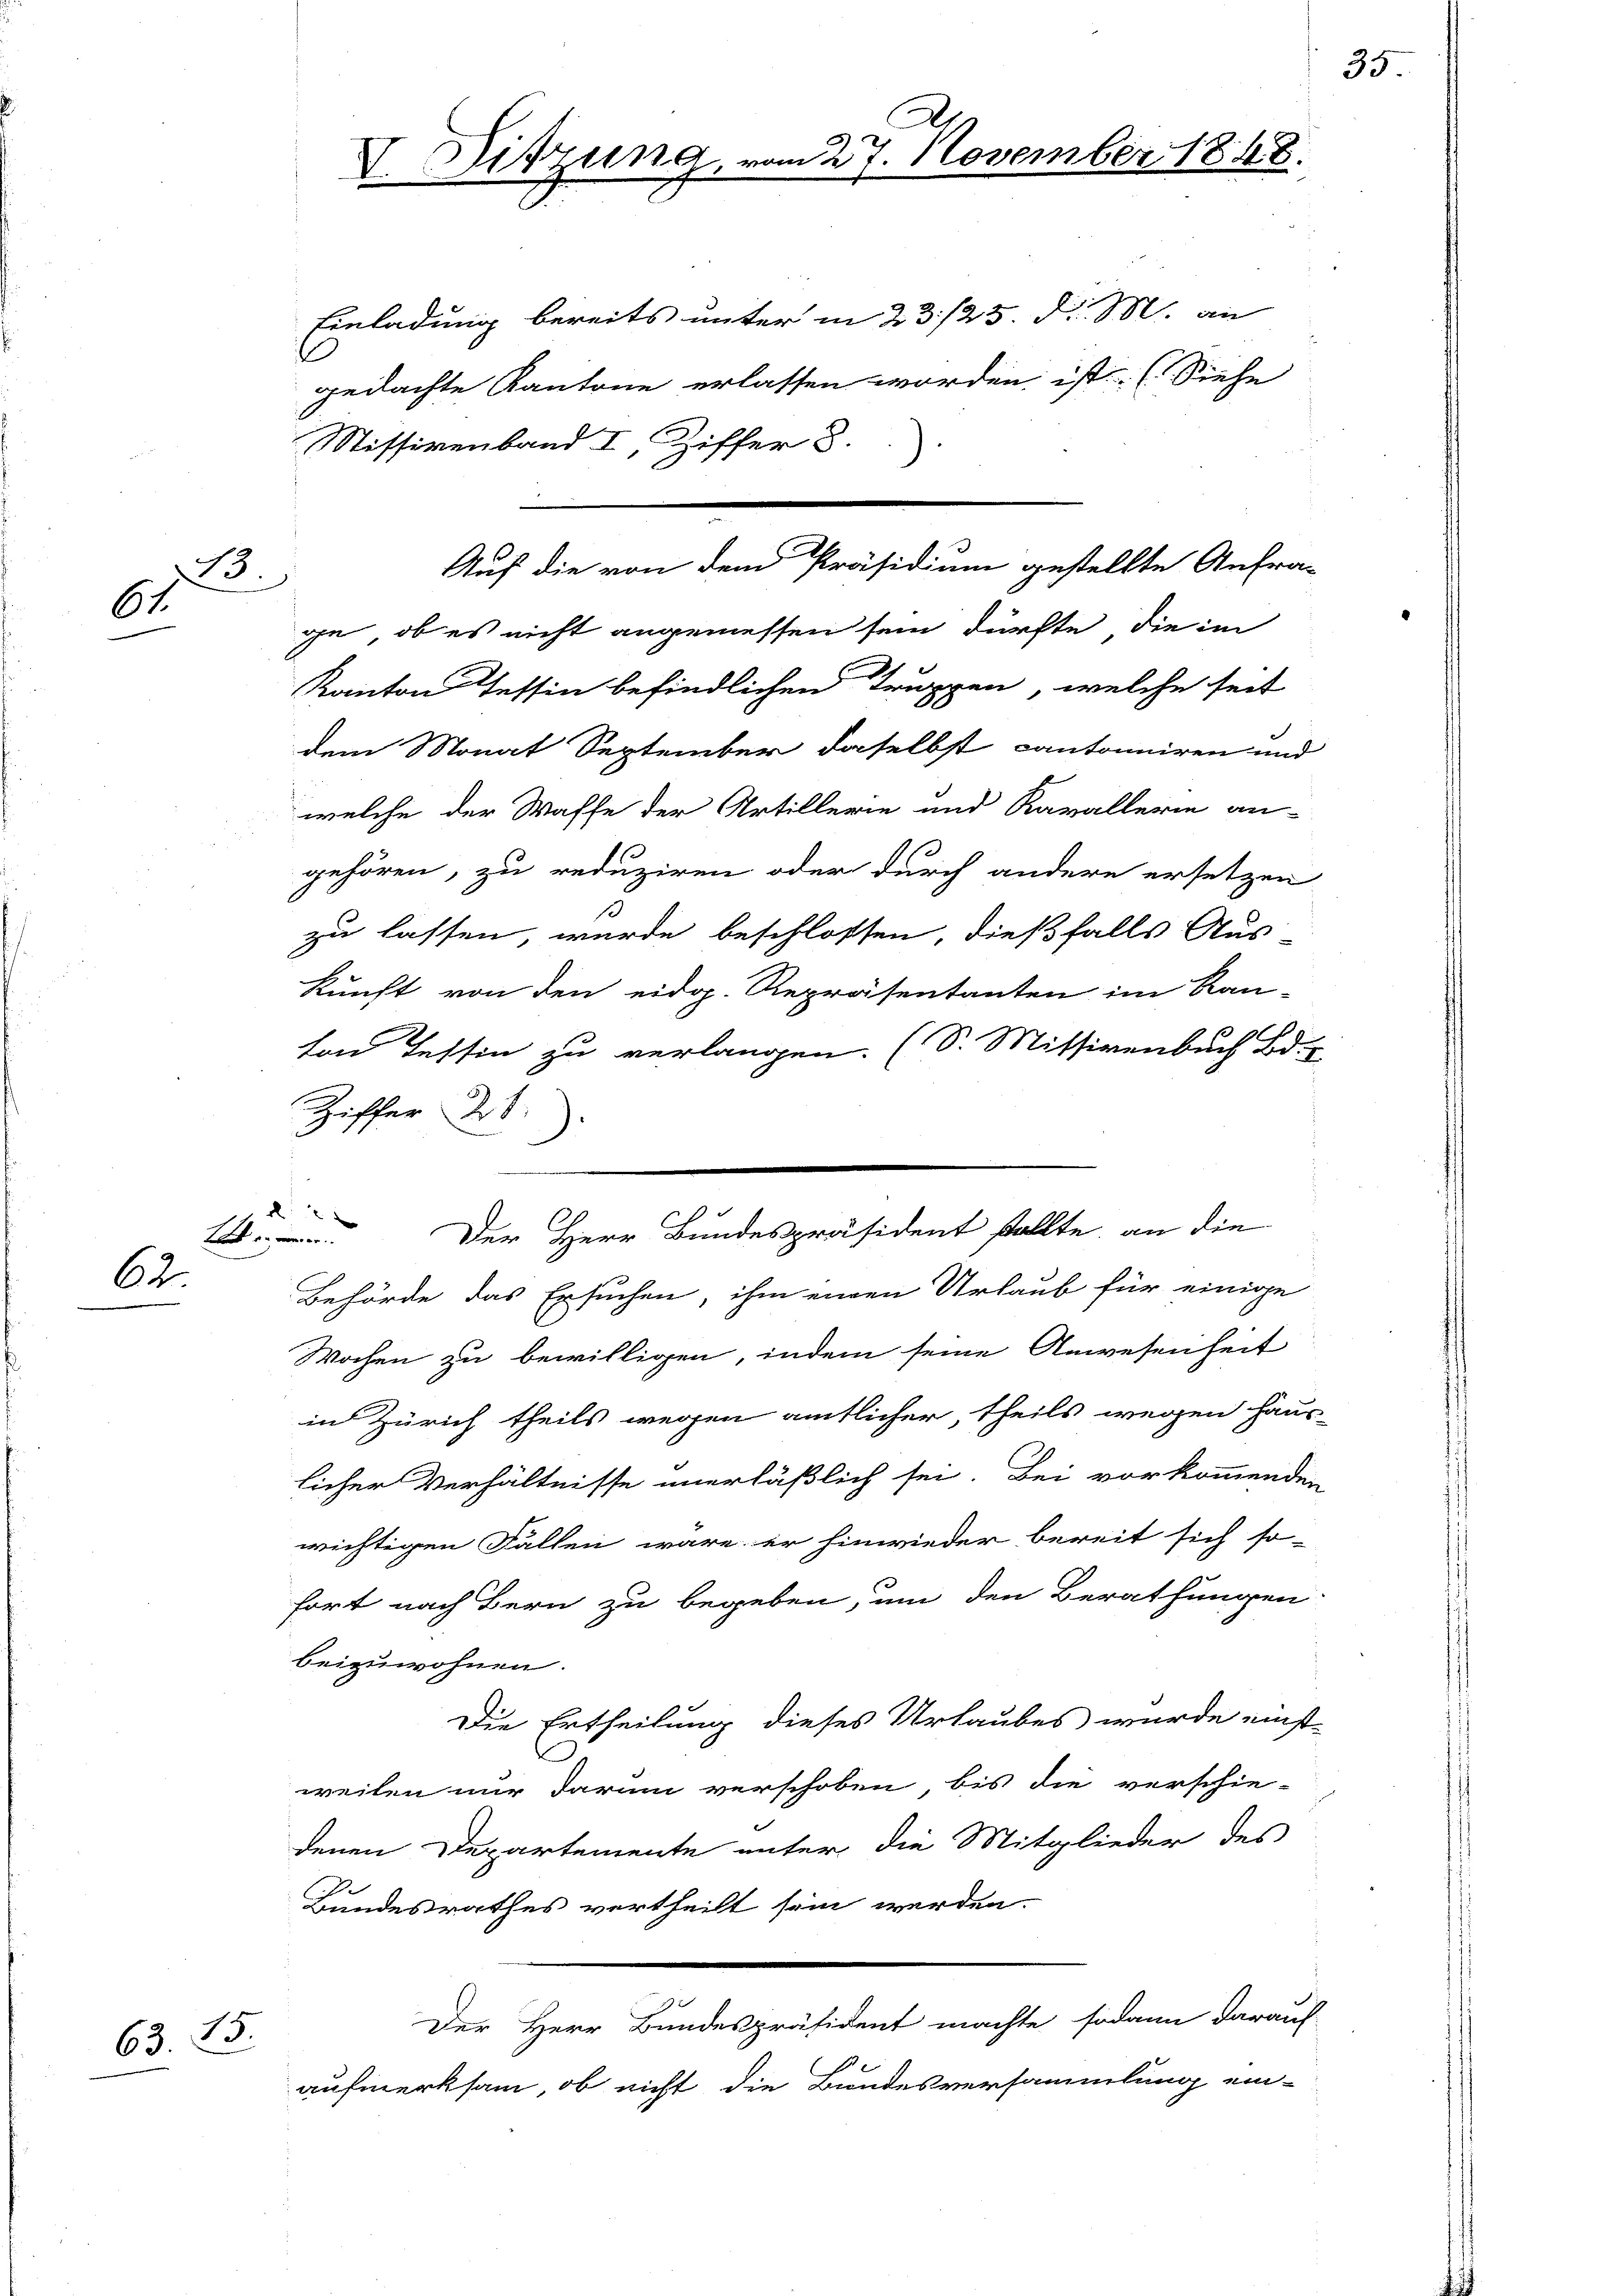
B.
61.

62.

63. 25.

Einladung bereits unter in 23./25. d. M. an
1
gedachte Kantone erlassen worden ist. (Siehe
Stissivenband I, Ziffer 8.
ge, ob es nicht angemessen sein dürfte, die im
Kanton Tessin befindlichen Truppen, welche seit
dem Monat September daselbst cantonniren und
welche der Waffe der Artillerie und Kavallerin an-
gehören, zu reduziren oder durch andere ersetzen
zu lassen, wurde beschlossen, dießfalls Aus
kunft von den eidg. Repräsentanten im Kan-
von Tessin zu verlangen. (S. Mittigenbuch Bd.
Ziffer d
d
Der Herr Bundespräsident stellte, an die

Behörde das Ersuchen, ihm einen Urlaub für einige
Wochen zu bewilligen, indem seine Anwesenheit
in Zürich theils wegen amtlicher, theils wegen Haus-
licher Verhältnisse unerläßlich sei. Bei vorkommenden
wichtigen Fällen wäre er hinwieder bereit sich so-
fort nach Bern zu begeben, um den Berathungen
beizuwohnen.
Die Ertheilung dieses Urlaubes wurde einst-
.
weilen nur darum verschoben, bis die verschie-
denen Departemente unter die Mitglieder des
Bundesrathes vertheilt sein werden.
Der Herr Bundespräsident machte, sodann darauf
aufmerksam, ob nicht die Bundesversammlung ein-

V. Sitzung.

Auf die von dem Präsidium gestellte Anfra-

m 27. November 1848.

35